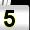
Digit: 5